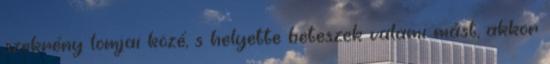
szekrény lomjai közé, s helyette beteszek valami mást, akkor